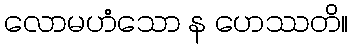
လောမဟံသော န ဟေဿတိ။